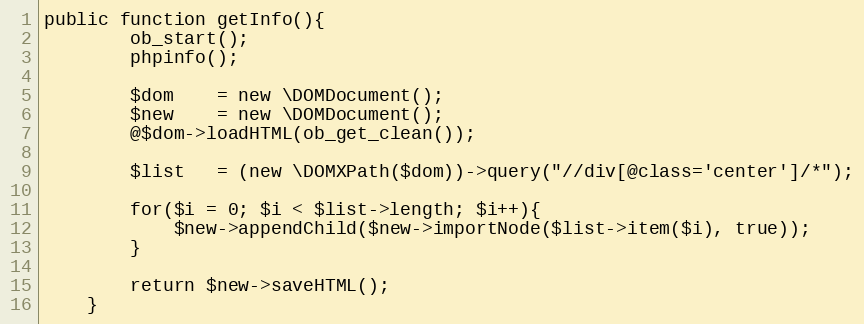
Language: PHP
public function getInfo(){
        ob_start();
        phpinfo();

        $dom    = new \DOMDocument();
        $new    = new \DOMDocument();
        @$dom->loadHTML(ob_get_clean());

        $list   = (new \DOMXPath($dom))->query("//div[@class='center']/*");

        for($i = 0; $i < $list->length; $i++){
            $new->appendChild($new->importNode($list->item($i), true));
        }

        return $new->saveHTML();
    }